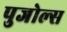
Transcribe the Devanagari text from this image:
पुजोल्स